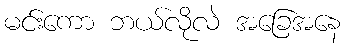
မင်းကော ဘယ်လိုလဲ အခြေအနေ